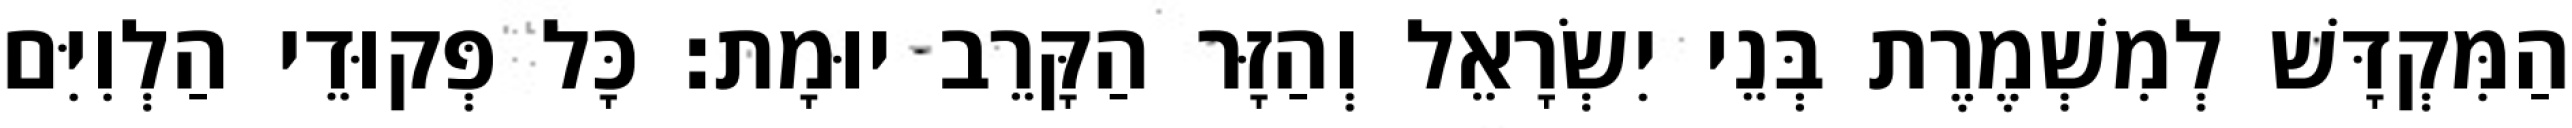
הַמִּקְדָּשׁ לְמִשְׁמֶרֶת בְּנֵי יִשְׂרָאֵל וְהַזָּר הַקָּרֵב יוּמָת׃ כָּל פְּקוּדֵי הַלְוִיִּם